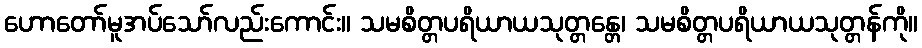
ဟောတော်မူအပ်သော်လည်းကောင်း။ သမစိတ္တပရိယာယသုတ္တန္တေ၊ သမစိတ္တပရိယာယသုတ္တန်ကို။